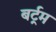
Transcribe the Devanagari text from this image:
बर्ट्रम